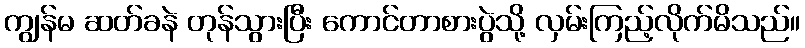
ကျွန်မ ဆတ်ခနဲ တုန်သွားပြီး ကောင်တာစားပွဲသို့ လှမ်းကြည့်လိုက်မိသည်။